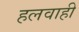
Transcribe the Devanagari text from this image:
हलवाही